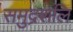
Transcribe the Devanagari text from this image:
समुद्रशलि